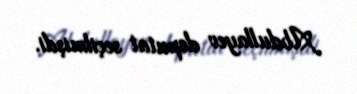
Abdullayev deputat seçilmişdi.